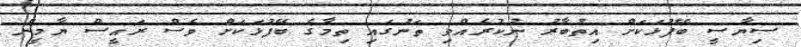
ސިޔާސީ ބޭފުޅަކަށް އިތުބާރު ނުކުރެއްވި ތަނުގައި ތިމާގެ ބޭފުޅަކަށް ވެސް ރައީސް ޔާމީން